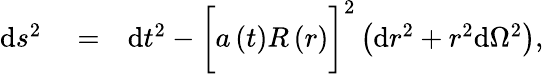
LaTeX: \begin{array}{rlr}{\mathrm{d}s^{2}}&{{}=}&{\mathrm{d}t^{2}-\bigg[a\left(t\right)R\left(r\right)\bigg]^{2}\left(\mathrm{d}r^{2}+r^{2}\mathrm{d}\Omega^{2}\right),}\end{array}